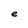
Character: e